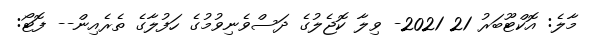
މާލެ: އޮކްޓޫބަރު 21 2021- ވިލާ ކޮޖެލުގެ ދަސްވެނިވުމުގެ ހަފުލާގެ ތެރެއިން-- ފޮޓޯ: